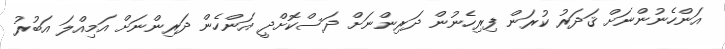
އަންހެނުންނަށް ޤަދަރު ކުރަން ފިރިހެނުން ދަރިންނަށް ދަސްކޮށްދީ އަންހެން ދަރިންނަށް އަމިއްލަ އަބުރު